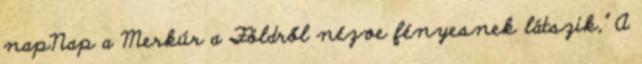
napNap a Merkúr a Földről nézve fényesnek látszik," A